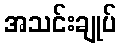
အသင်းချုပ်